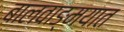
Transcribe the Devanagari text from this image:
बालवाङ्‌मयात